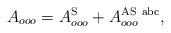
LaTeX: \begin{align*}A_{ooo}=A_{ooo}^{\rm S}+A_{ooo}^{\rm AS\ abc},\end{align*}